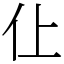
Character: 仩